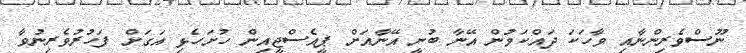
ނޫސްވެރިންނާއި ވާހަކަ ދައްކަމުން އޭނާ ބުނީ އޭނާއަށް ޕީއެސްޖީއިން ހުށަހެޅި އަގަށް ފަހުރުވެރިނުވާ